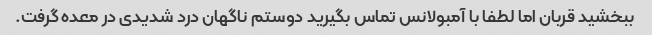
ببخشید قربان اما لطفا با آمبولانس تماس بگیرید دوستم ناگهان درد شدیدی در معده گرفت.